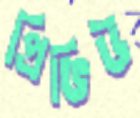
প্রিভিউ